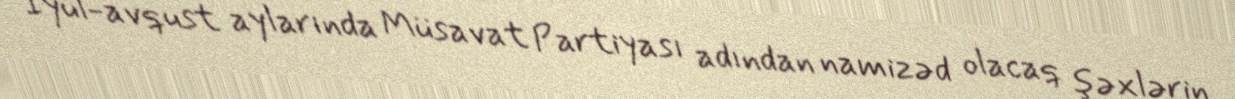
İyul-avqust aylarında Müsavat Partiyası adından namizəd olacaq şəxlərin